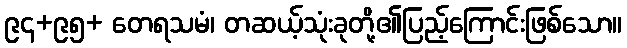
၉၄+၉၅+ တေရသမံ၊ တဆယ့်သုံးခုတို့၏ပြည့်ကြောင်းဖြစ်သော။